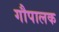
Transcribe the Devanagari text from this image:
गौपालक